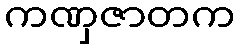
ကဏှဇာတက